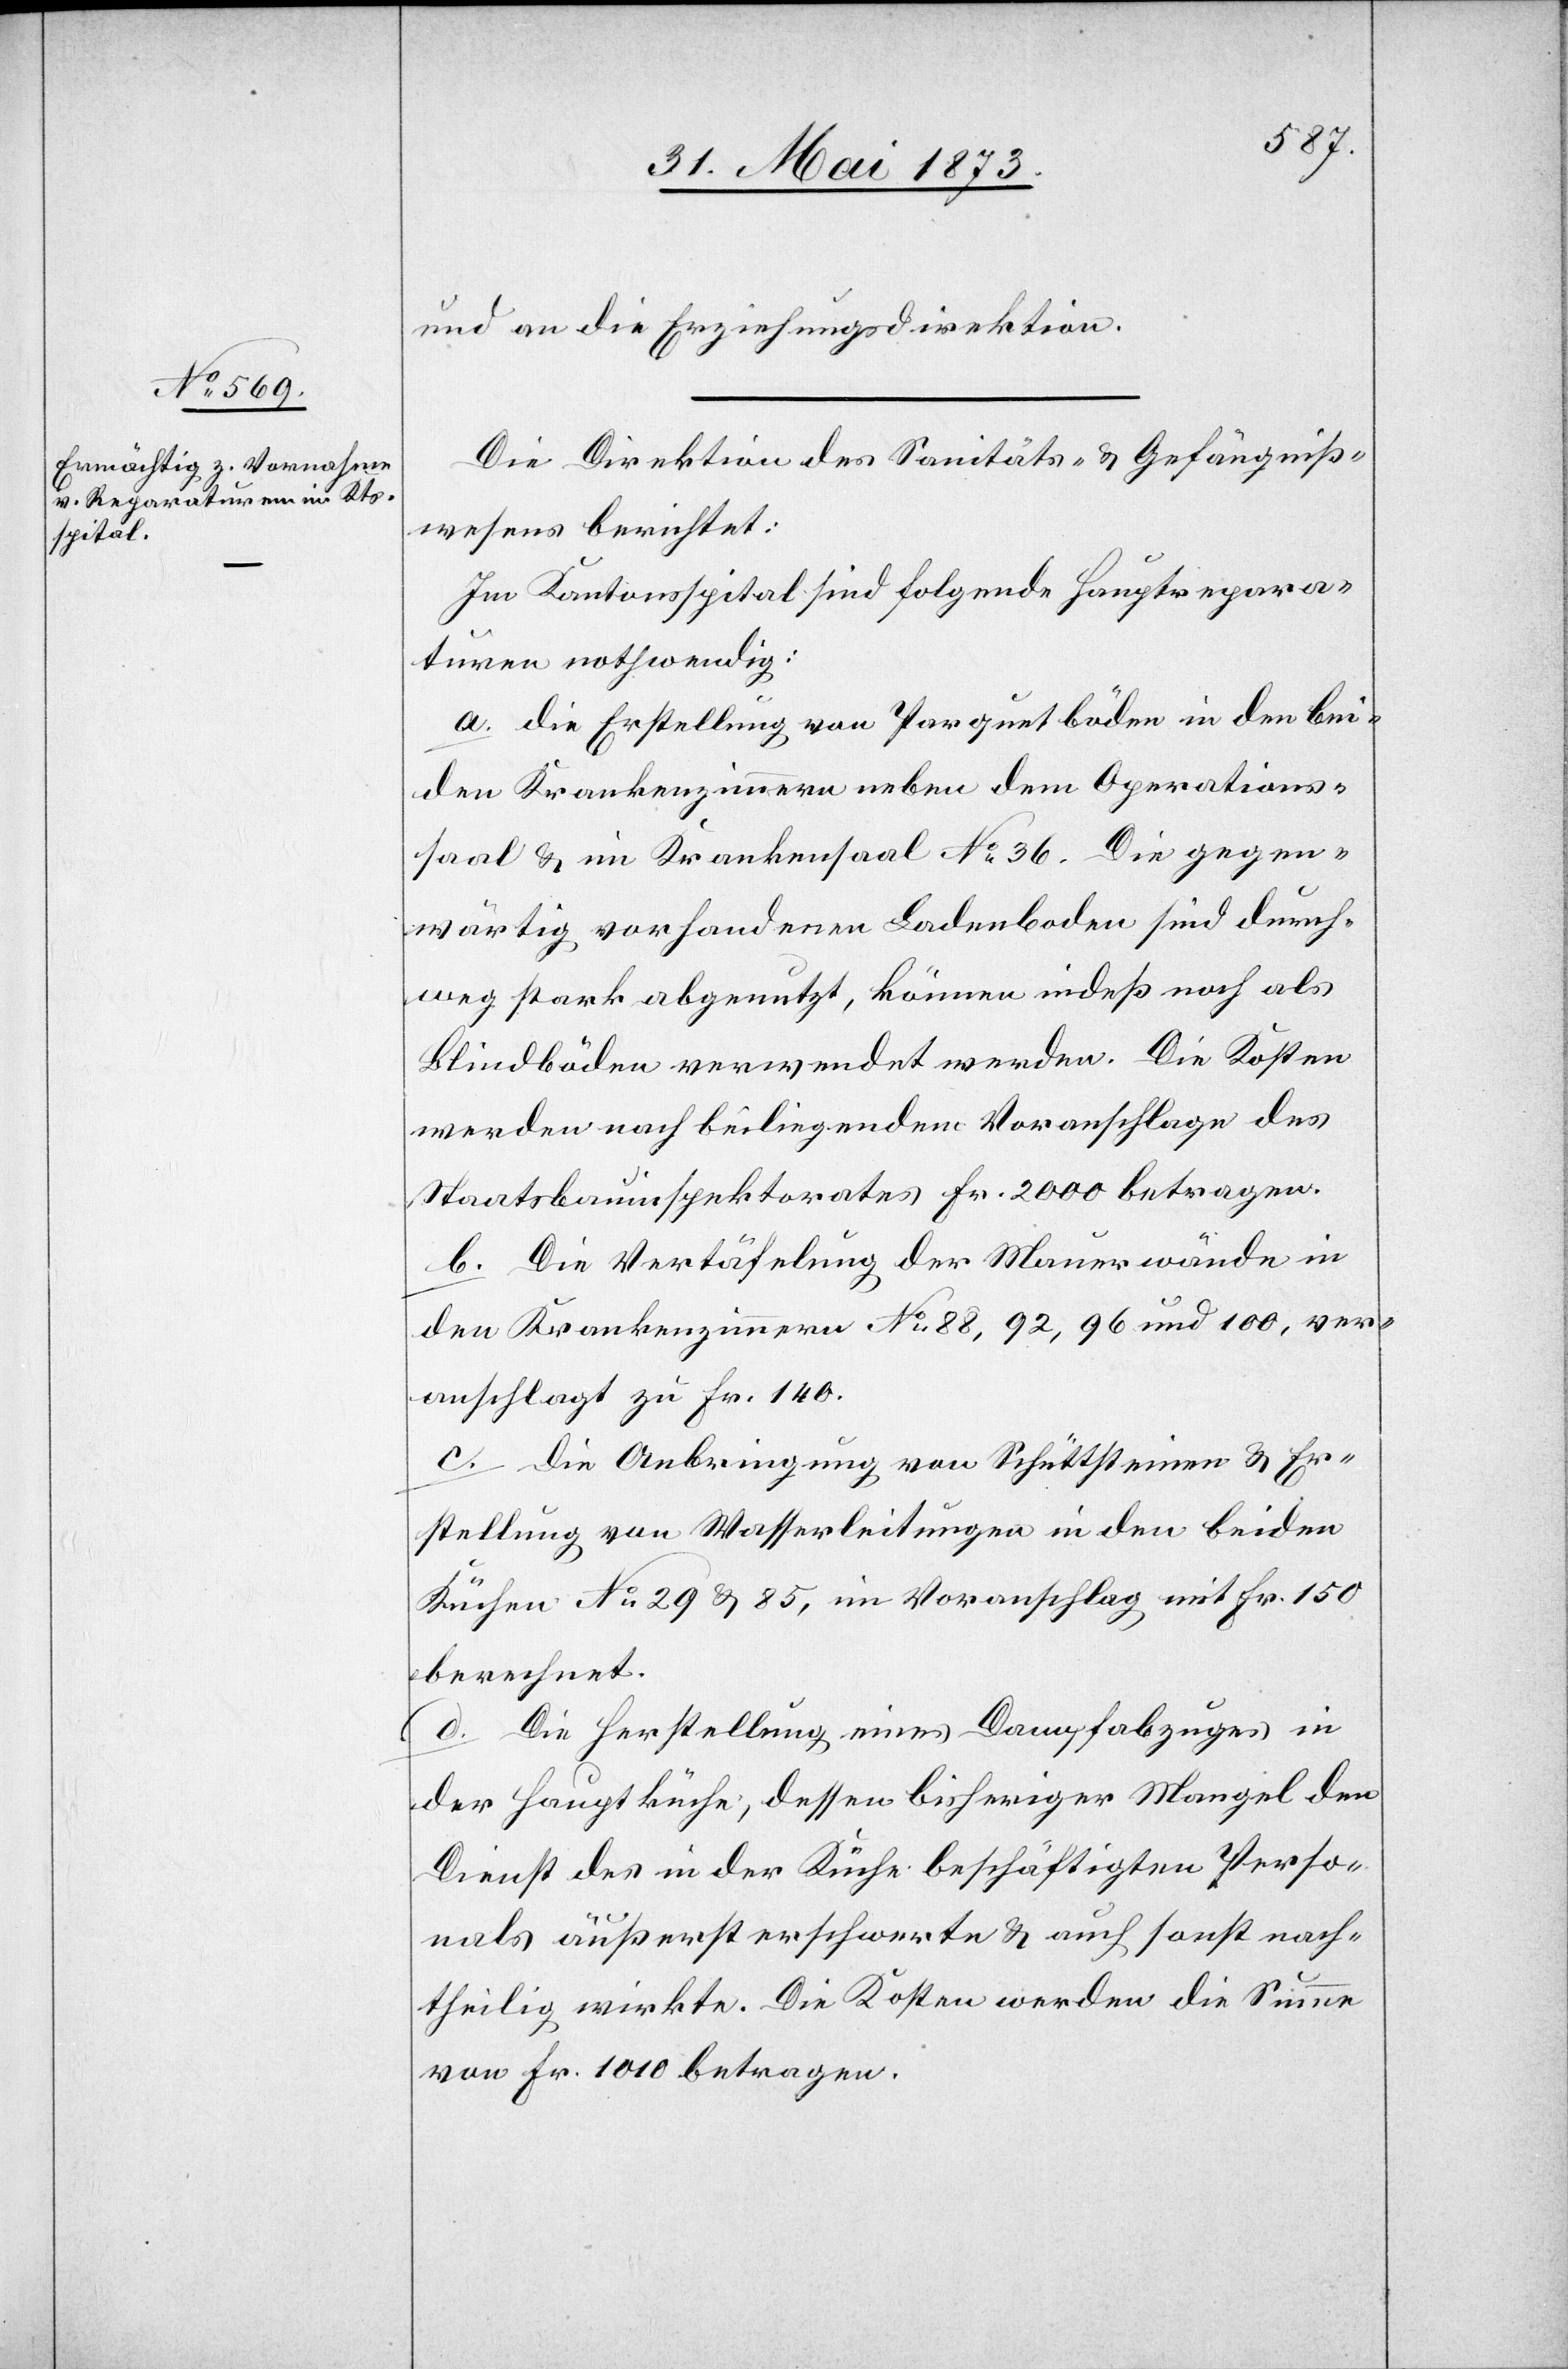
und an die Erziehungsdirektion.
Die Direktion des Sanitäts- & Gefängniß¬
wesens berichtet:
Im Kantonsspital sind folgende Hauptrepara¬
turen nothwendig:
a. Die Erstellung von Parquetböden in den bei¬
den Krankenzimmern neben dem Operations¬
saal & im Krankensaal No 36. Die gegen¬
wärtig vorhandenen Ladenboden [sic!] sind durch¬
weg stark abgenutzt, können indeß noch als
Blindböden verwendet werden. Die Kosten
werden nach beiliegendem Voranschlage des
Staatsbauinspektorates Fr. 2 000 betragen.
b. Die Vertäfelung der Mauerwände in
den Krankenzimmern No 88, 92, 96 und 100, ver¬
anschlagt zu Fr. 140.
c. Die Anbringung von Schüttsteinen & Er¬
stellung von Wasserleitungen in den beiden
Küchen No 29 & 85, im Voranschlag mit Fr. 150
berechnet.
d. Die Herstellung eines Dampfabzuges in
der Hauptküche; dessen bisheriger Mangel den
Dienst des in der Küche beschäftigten Perso¬
nals äußerst erschwerte & auch sonst nach¬
theilig wirkte. Die Kosten werden die Summe
von Fr. 1 010 betragen.